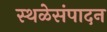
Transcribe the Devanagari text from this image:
स्थळेसंपादन